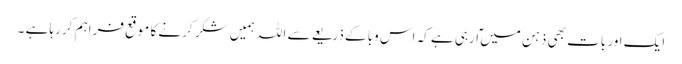
ایک اور بات بھی ذہن میں ٓارہی ہے کہ اس وبا کے ذریعے سے اللہ ہمیں شکر کرنے کا موقع فراہم کر رہا ہے ۔